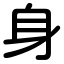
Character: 身